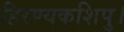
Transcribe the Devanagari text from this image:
हिरण्यकशिपु।